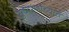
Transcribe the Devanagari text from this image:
सुधारणांच्यात